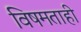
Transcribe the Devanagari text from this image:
विषमताही